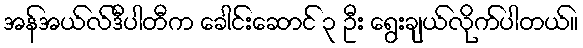
အန်အယ်လ်ဒီပါတီက ခေါင်းဆောင် ၃ ဦး ရွေးချယ်လိုက်ပါတယ်။